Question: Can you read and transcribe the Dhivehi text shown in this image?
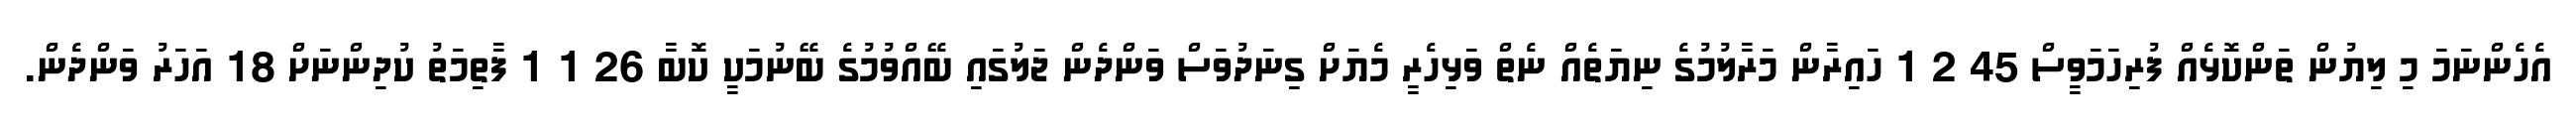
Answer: އެހެންނަމަ މި ލިޔުން ތަންކޮޅެއް ފުރިހަމަވީސް 45 2 1 ހައިރާން މަރާލުމުގެ ނިޔަތެއް ނެތް ވަޅިހެރީ މެޔަށް ގިނަދުވަސް ވަންދެން ޖަލުގައި ބޭއްވުމުގެ ބޭނުމަކީ ކޮބާ 26 1 1 ފާތިމަތު ކުދިންނަށް 18 އަހަރު ވަންދެން.